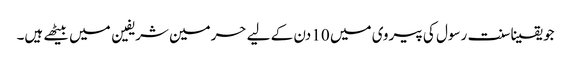
جو یقینا سنت رسول کی پیروی میں 10 دن کے لیے حرمین شریفین میں بیٹھے ہیں۔